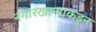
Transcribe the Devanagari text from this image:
नगारखान्याकडून